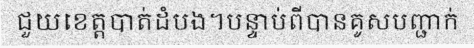
ជួយខេត្តបាត់ដំបង។បន្ទាប់ពីបានគូសបញ្ជាក់